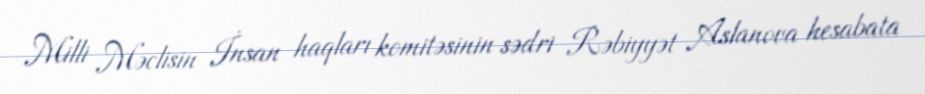
Milli Məclisin İnsan haqları komitəsinin sədri Rəbiyyət Aslanova hesabata